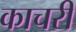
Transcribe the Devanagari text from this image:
काचरी